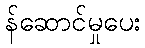
န်ဆောင်မှုပေး